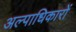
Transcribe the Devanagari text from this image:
अल्पाधिकारों